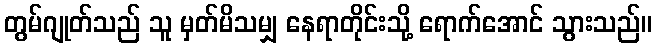
တွမ်ဂျုတ်သည် သူ မှတ်မိသမျှ နေရာတိုင်းသို့ ရောက်အောင် သွားသည်။